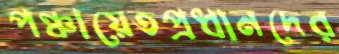
পঞ্চায়েতপ্রধানদের